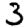
Digit: 3